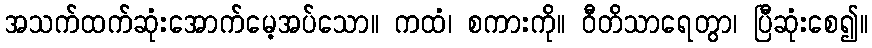
အသက်ထက်ဆုံးအောက်မေ့အပ်သော။ ကထံ၊ စကားကို။ ဝီတိသာရေတွာ၊ ပြီဆုံးစေ၍။